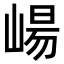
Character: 崵